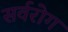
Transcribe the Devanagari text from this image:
सर्वरोग